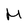
Character: M